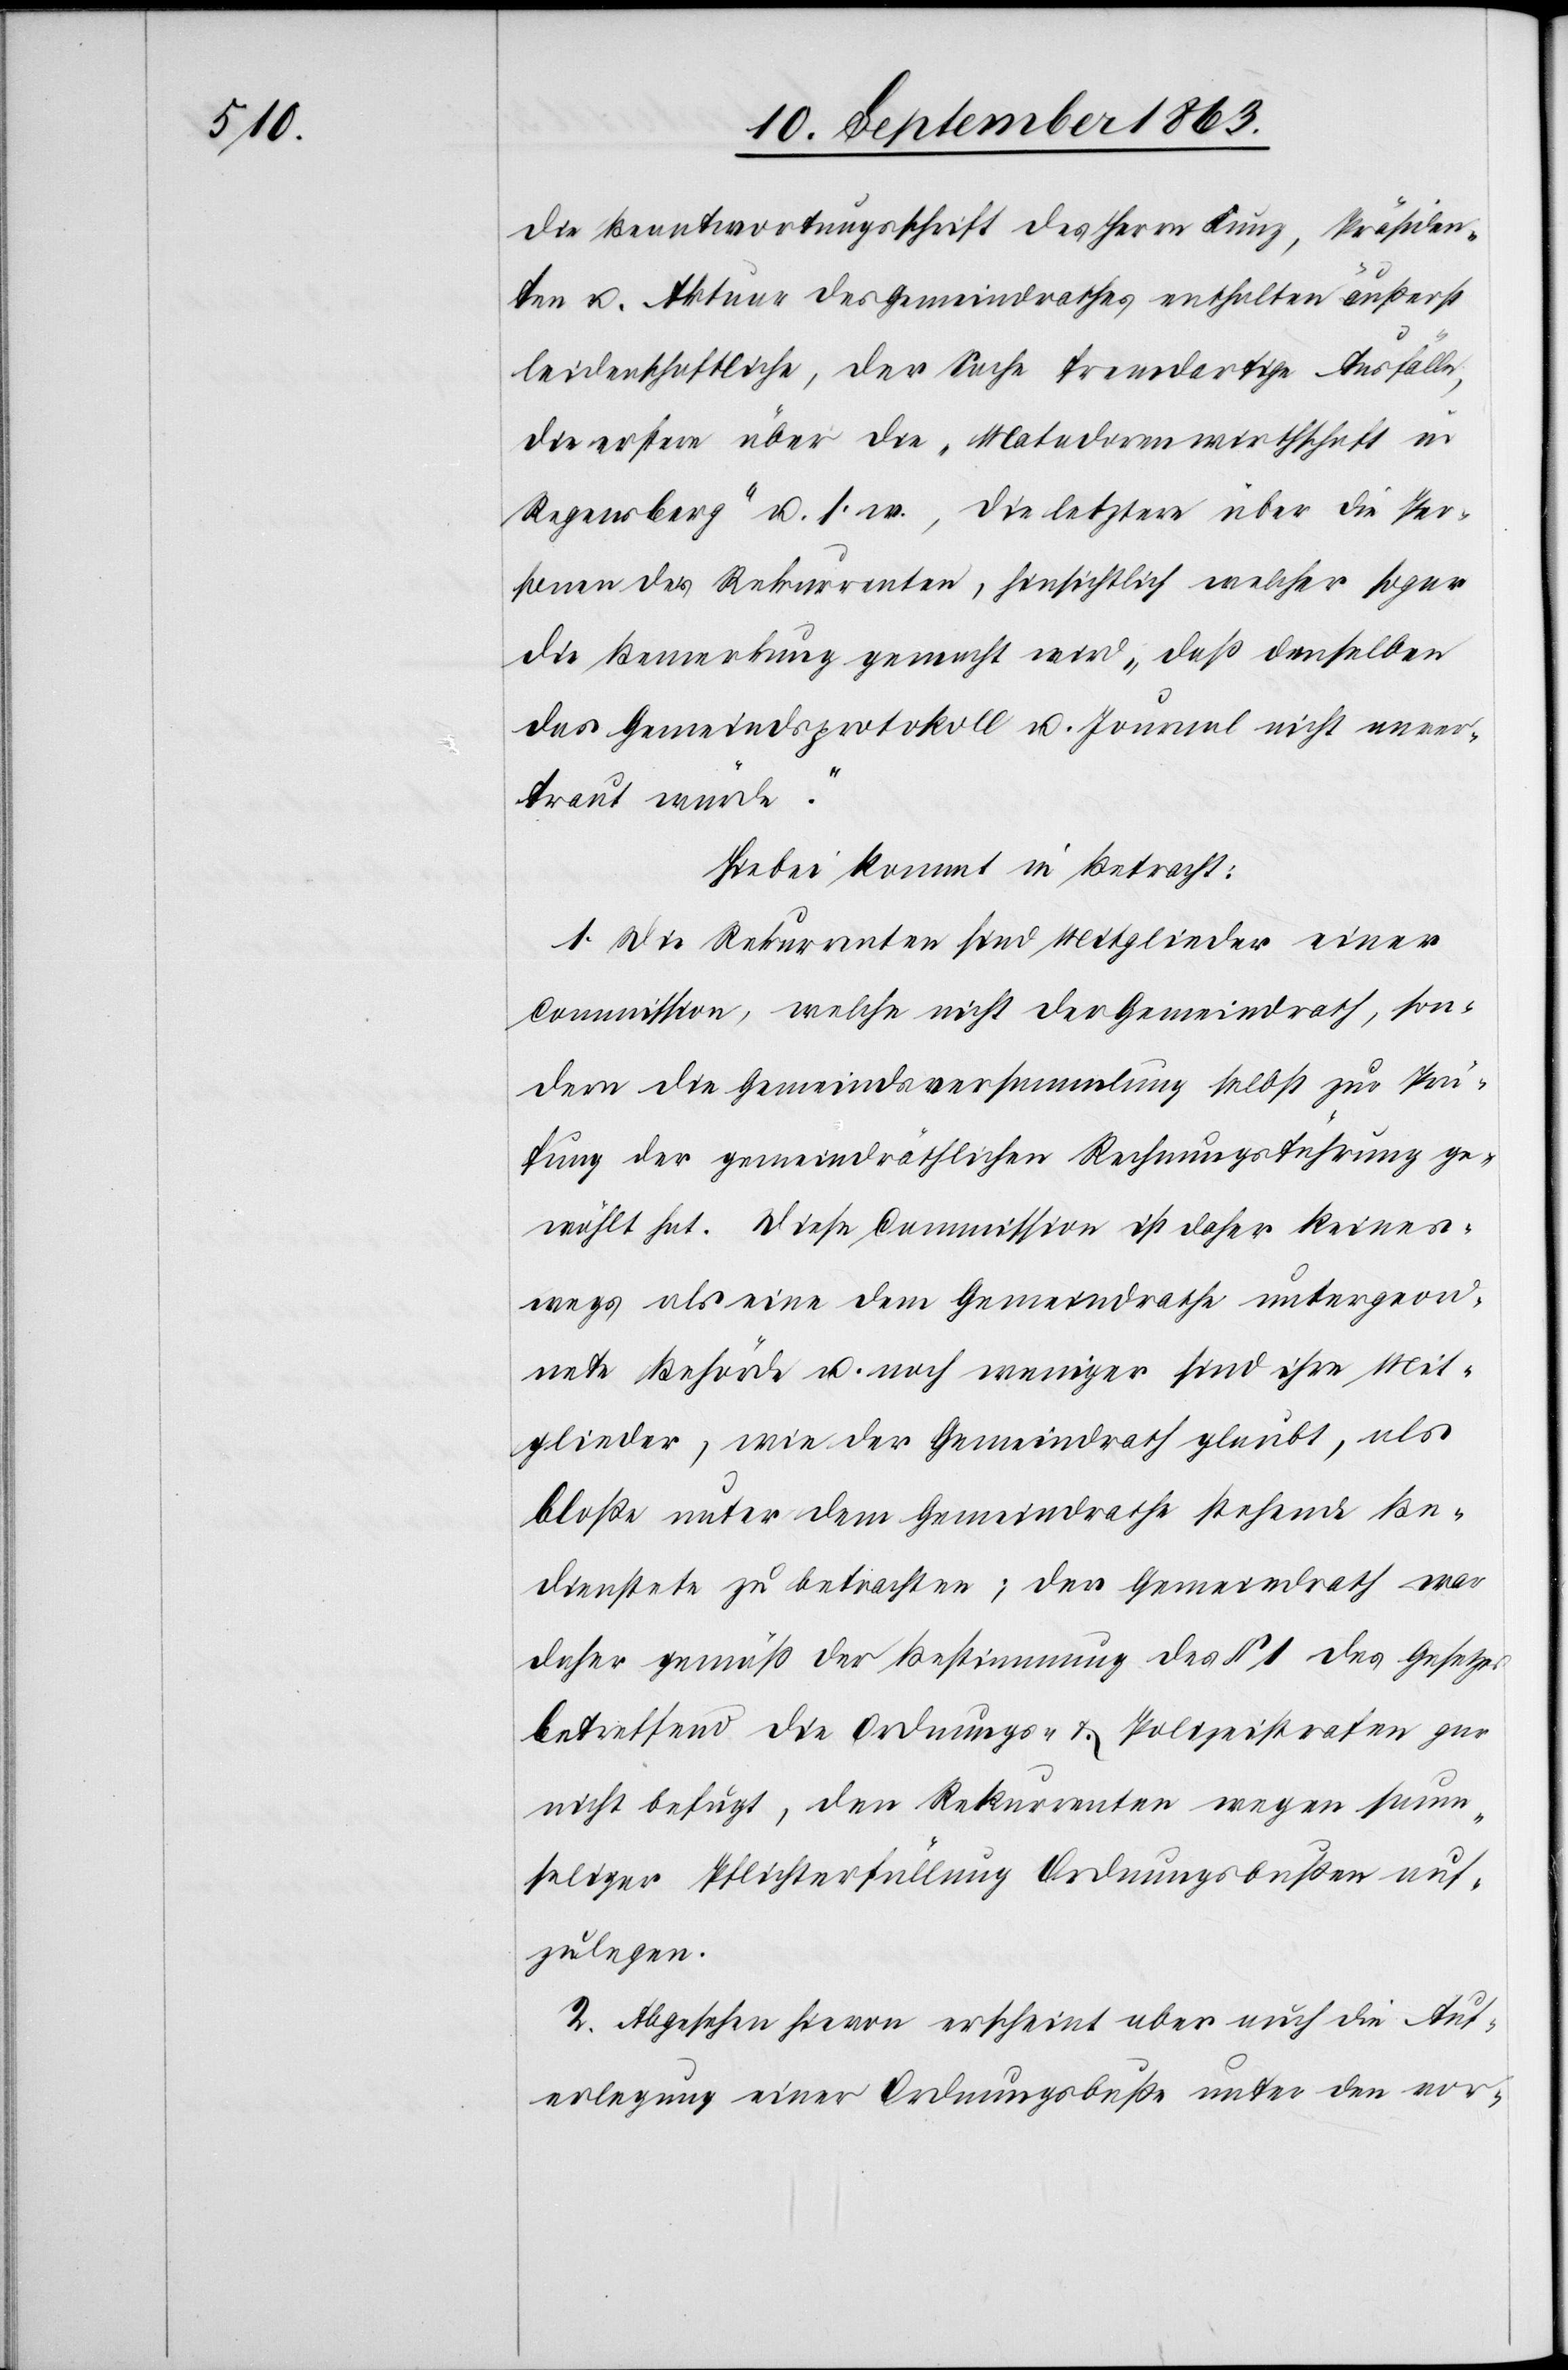
die Beantwortungsschrift des Herrn Kunz, Präsiden¬
ten u. Aktuar des Gemeindrathes enthalten äußerst
leidenschaftliche, der Sache fremdartige Ausfälle,
die erstere über die „Matadorenwirthschaft in
Regensberg“ u. s. w., die letztere über die Per¬
sonen der Rekurrenten, hinsichtlich welcher sogar
die Bemerkung gemacht wird „daß denselben
das Gemeindsprotokoll u. Journal nicht anver¬
traut würde“.
Hiebei kommt in Betracht:
1. Die Rekurrenten sind Mitglieder einer
Commission, welche nicht der Gemeindrath, son¬
dern die Gemeindsversammlung selbst zur Prü¬
fung der gemeindräthlichen Rechnungsführung ge¬
wählt hat. Diese Commission ist daher keines¬
wegs als eine dem Gemeindrathe untergeord¬
nete Behörde u. noch weniger sind ihre Mit¬
glieder, wie der Gemeindrath glaubt, als
bloße unter dem Gemeindrathe stehende Be¬
dienstete zu betrachten; der Gemeindrath war
daher gemäß der Bestimmung des § 1 des Gesetzes
betreffend die Ordnungs- & Polizeistrafen gar
nicht befugt, den Rekurrenten wegen saum¬
seliger Pflichterfüllung Ordnungsbußen auf¬
zulegen.
2. Abgesehen hievon erscheint aber auch die Auf¬
erlegung einer Ordnungsbuße unter den vor-